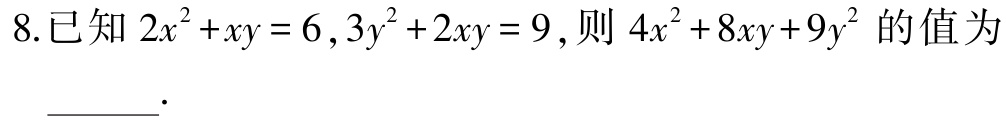
8.已知 \(2x^{2}+xy = 6,3y^{2}+2xy = 9\),则 \(4x^{2}+8xy+9y^{2}\) 的值为  \_\_\_ .